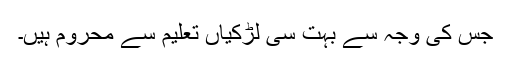
جس کی وجہ سے بہت سی لڑکیاں تعلیم سے محروم ہیں۔